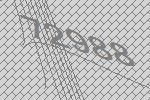
72988